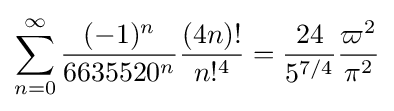
\sum _{n=0}^{\infty }{\frac {(-1)^{n}}{6635520^{n}}}{\frac {(4n)!}{n!^{4}}}={\frac {24}{5^{7/4}}}{\frac {\varpi ^{2}}{\pi ^{2}}}